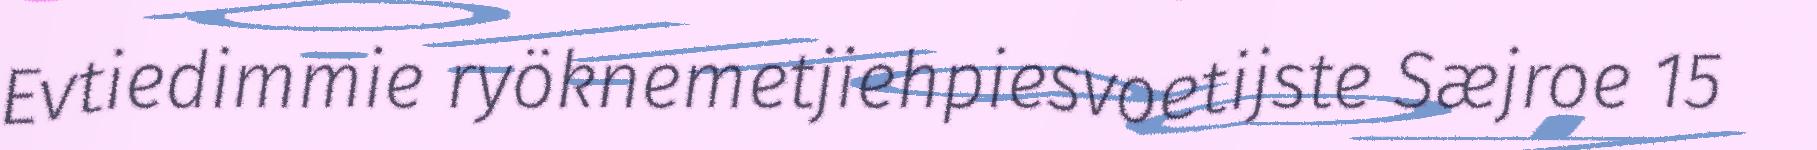
Evtiedimmie ryöknemetjiehpiesvoetijste Sæjroe 15